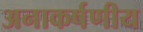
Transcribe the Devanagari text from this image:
अनाकर्षणीय